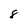
Character: 8